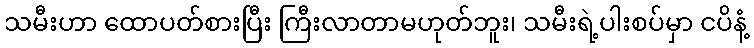
သမီးဟာ ထောပတ်စားပြီး ကြီးလာတာမဟုတ်ဘူး၊ သမီးရဲ့ပါးစပ်မှာ ငပိနံ့